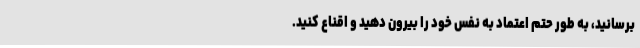
برسانید، به طور حتم اعتماد به نفس خود را بیرون دهید و اقناع کنید.